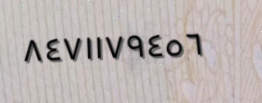
٨٤٧١١٧٩٤٥٦